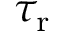
\tau _ { \mathrm { r } }